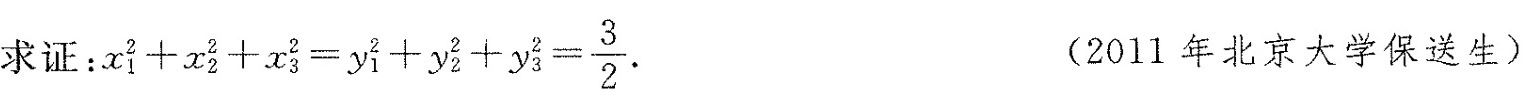
求证：$$ x _ { 1 } ^ { 2 } + x _ { 2 } ^ { 2 } + x _ { 3 } ^ { 2 } = y _ { 1 } ^ { 2 } + y _ { 2 } ^ { 2 } + y _ { 3 } ^ { 2 } = \frac { 3 } { 2 }$$. (2011年北京大学保送生)